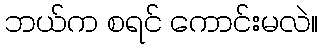
ဘယ်က စရင် ကောင်းမလဲ။